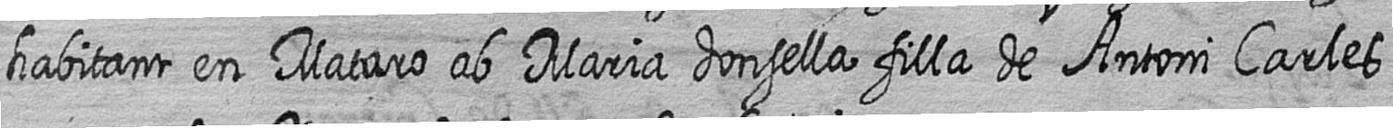
habitant en Mataro ab Maria donsella filla de Antoni Carles